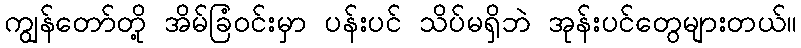
ကျွန်တော်တို့ အိမ်ခြံဝင်းမှာ ပန်းပင် သိပ်မရှိဘဲ အုန်းပင်တွေများတယ်။